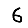
Digit: 6